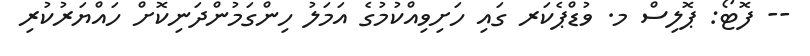
-- ފޮޓޯ: ޕޮލިސް މ. ވުޑްޕެކަރ ގައި ހަށިވިއްކުމުގެ އަމަލު ހިންގަމުންދަނިކޮށް ހައްޔަރުކުރި